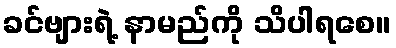
ခင်ဗျားရဲ့ နာမည်ကို သိပါရစေ။